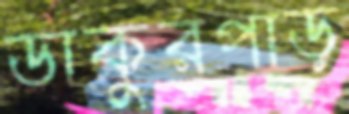
ডাকুরপাড়